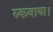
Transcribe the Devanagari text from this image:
रुकवाया।